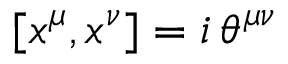
[ x ^ { \mu } , x ^ { \nu } ] = i \, \theta ^ { \mu \nu }